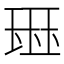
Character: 𰢊